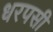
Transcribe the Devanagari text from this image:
धरपसी